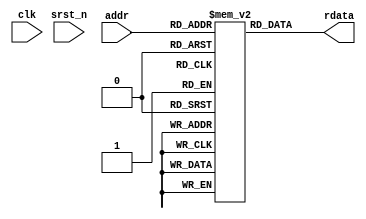
//=============================================
//       Dual Issue Inorder RISC-V CPU              
// 
//=============================================

module rom 
#(
    parameter DATA_WIDTH = 64,
    parameter DATA_NUM = 1024,
    parameter ADDR_WIDTH = 10
)
(
    input clk,
    input srst_n,

    input [ADDR_WIDTH-1:0] addr,

    output [DATA_WIDTH-1:0] rdata
);

reg [DATA_WIDTH-1:0] rom [0:DATA_NUM-1];

assign rdata = rom[addr];

endmodule